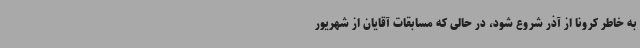
به خاطر کرونا از آذر شروع شود، در حالی که مسابقات آقایان از شهریور